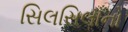
સિલસિલાનો